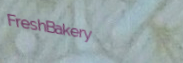
FreshBakery